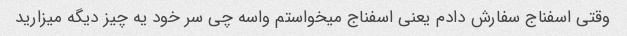
وقتی اسفناج سفارش دادم یعنی اسفناج میخواستم واسه چی سر خود یه چیز دیگه میزارید